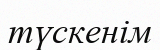
түскенім